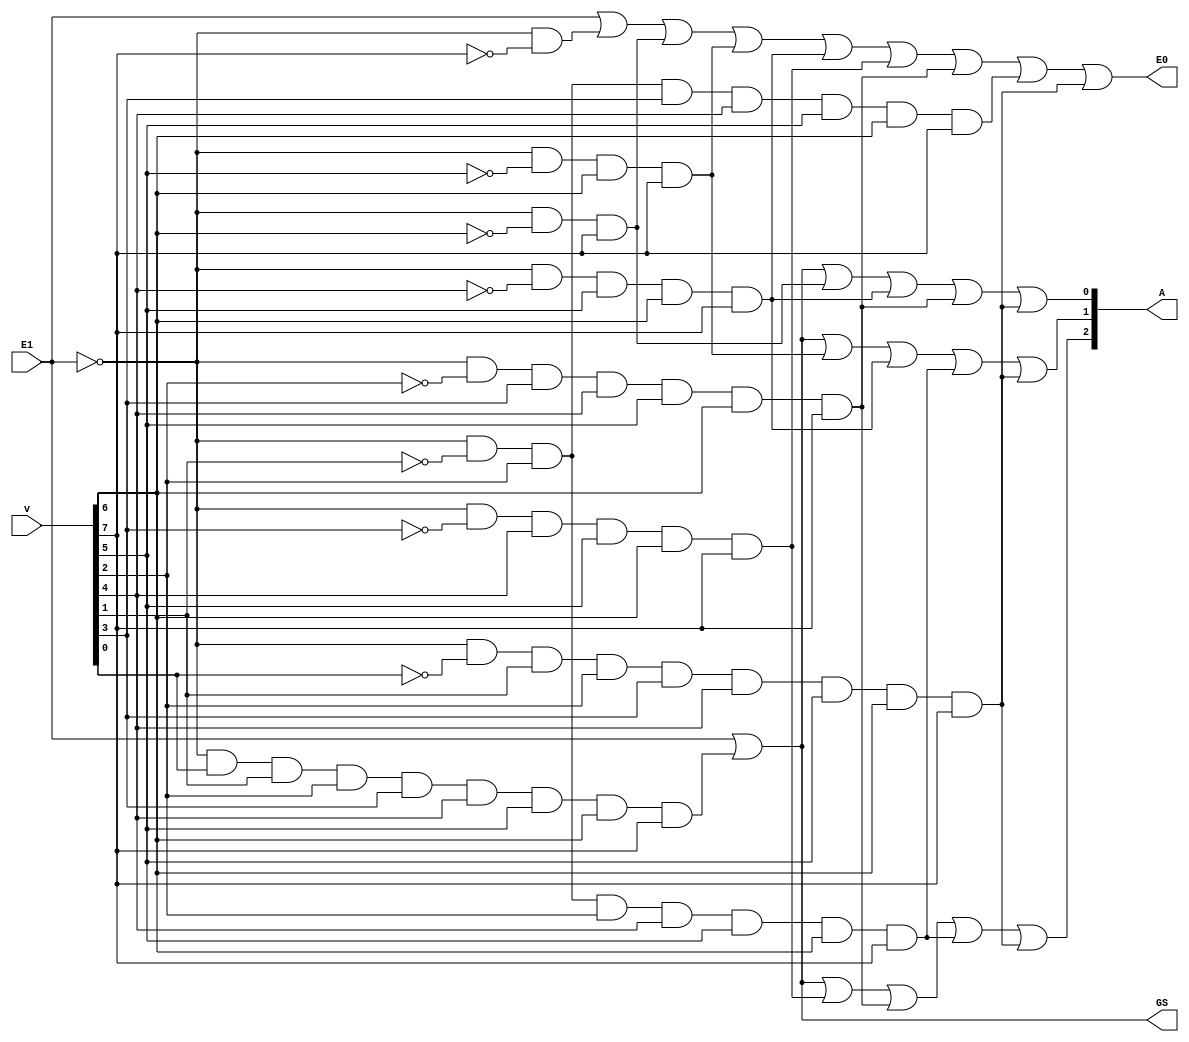
`timescale 1ns / 1ps
//////////////////////////////////////////////////////////////////////////////////
// Company: 
// Engineer: 
// 
// Design Name: 
// Module Name: encoder_dataflow
// Project Name: 
// Target Devices: 
// Tool Versions: 
// Description: 
// 
// Dependencies: 
// 
// Revision:
// Revision 0.01 - File Created
// Additional Comments:
// 
//////////////////////////////////////////////////////////////////////////////////


module encoder_dataflow(
    input [7:0] v,
    input E1,
    output [2:0] A,
    output E0,
    output GS
    );
    
    
    
    assign A[0] = E1 | (~E1&v[0]&v[1]&v[2]&v[3]&v[4]&v[5]&v[6]&v[7]) | (~E1&~v[6]&v[7])
                  | (~E1&~v[4]&v[5]&v[6]&v[7])
                  | (~E1&~v[2]&v[3]&v[4]&v[5]&v[6]&v[7])
                  | (~E1&~v[0]&v[1]&v[2]&v[3]&v[4]&v[5]&v[6]&v[7]);
    
    assign A[1] = E1 | (~E1&v[0]&v[1]&v[2]&v[3]&v[4]&v[5]&v[6]&v[7])
            | (~E1&~v[5]&v[6]&v[7])
            | (~E1&~v[4]&v[5]&v[6]&v[7])
            | (~E1&~v[1]&v[2]&v[2]&v[4]&v[5]&v[6]&v[7])
            | (~E1&~v[0]&v[1]&v[2]&v[3]&v[4]&v[5]&v[6]&v[7]);
    
    assign A[2] = E1 | (~E1&v[0]&v[1]&v[2]&v[3]&v[4]&v[5]&v[6]&v[7])
            | (~E1&~v[3]&v[4]&v[5]&v[6]&v[7])
            | (~E1&~v[2]&v[3]&v[4]&v[5]&v[6]&v[7])
            | (~E1&~v[1]&v[2]&v[2]&v[4]&v[5]&v[6]&v[7])
            | (~E1&~v[0]&v[1]&v[2]&v[3]&v[4]&v[5]&v[6]&v[7]);
    
    assign GS = E1 | (~E1&v[0]&v[1]&v[2]&v[3]&v[4]&v[5]&v[6]&v[7]);
    assign E0 = E1 | ((~E1)&(~v[7])) | (~E1&~v[6]&v[7])
            | (~E1&~v[5]&v[6]&v[7])
            | (~E1&~v[4]&v[5]&v[6]&v[7]) 
            | (~E1&~v[3]&v[4]&v[5]&v[6]&v[7])
            | (~E1&~v[2]&v[3]&v[4]&v[5]&v[6]&v[7])
            | (~E1&~v[1]&v[2]&v[3]&v[4]&v[5]&v[6]&v[7])
            | (~E1&~v[0]&v[1]&v[2]&v[3]&v[4]&v[5]&v[6]&v[7]); 

    
endmodule